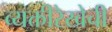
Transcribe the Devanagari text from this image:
व्यक्तीरेखेची